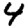
Digit: 4